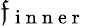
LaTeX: \mathfrak{f}_{\mathrm{{~i~n~n~e~r~}}}